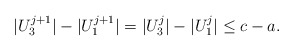
\begin{align*}|U_3^{j+1}| - |U_1^{j+1}| = |U_3^{j}|- |U_1^{j}| \leq c - a.\end{align*}